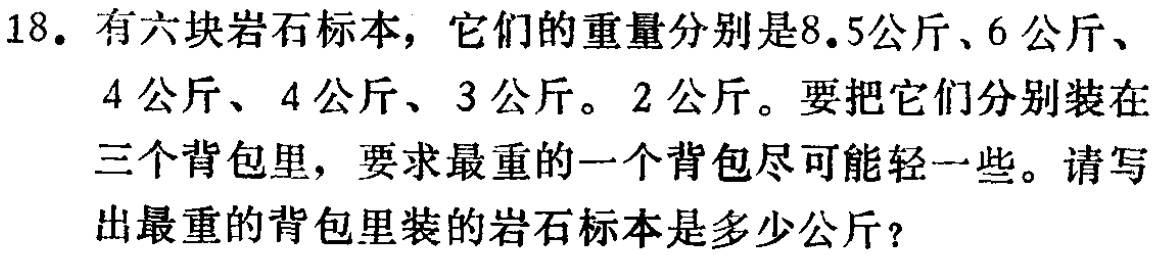
18. 有六块岩石标本，它们的重量分别是8.5公斤、6 公斤、

4 公斤、4 公斤、3 公斤。2 公斤。要把它们分别装在

三个背包里，要求最重的一个背包尽可能轻一些。请写

出最重的背包里装的岩石标本是多少公斤？